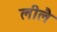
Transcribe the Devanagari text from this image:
लीलै